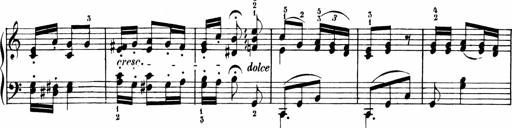
Title: Sonatinen Op.47, 98 und 136, nebst 6 Liedersonatinen
Composer: Carl Reinecke